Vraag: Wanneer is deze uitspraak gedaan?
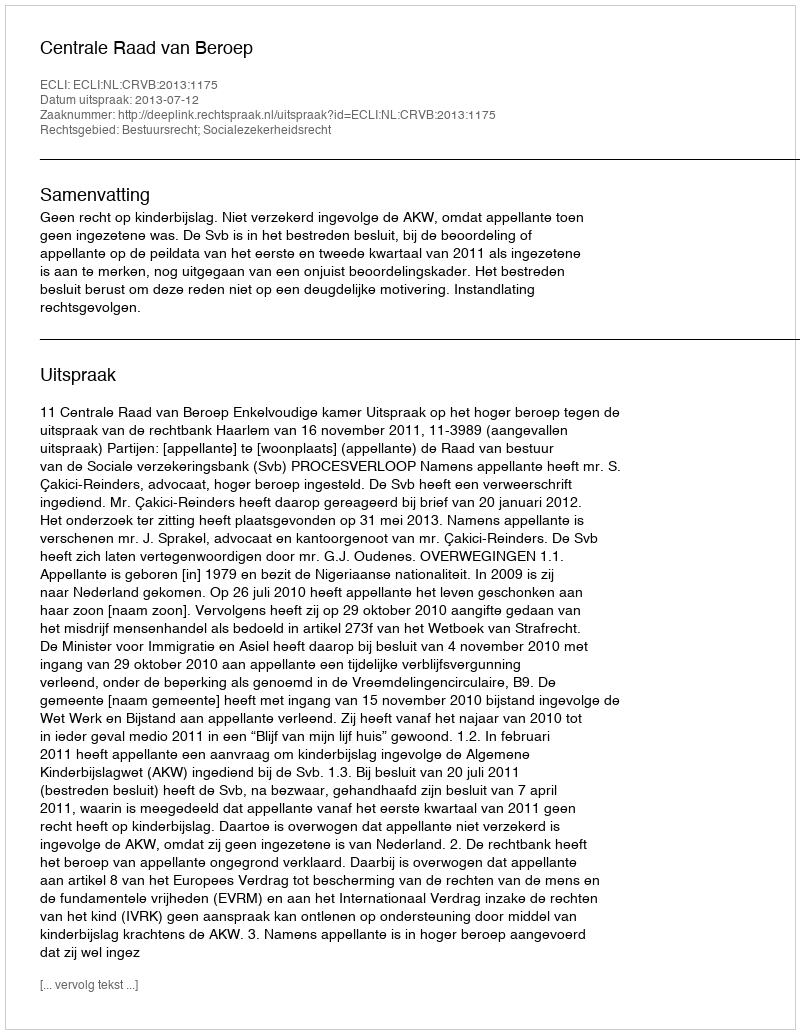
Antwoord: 2013-07-12